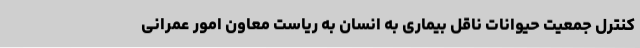
کنترل جمعیت حیوانات ناقل بیماری به انسان به ریاست معاون امور عمرانی